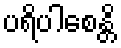
ပရိပါစေန္တိ